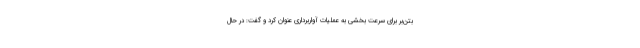
بتن‌بر برای سرعت بخشی به عملیات آواربرداری عنوان کرد و گفت: در حال